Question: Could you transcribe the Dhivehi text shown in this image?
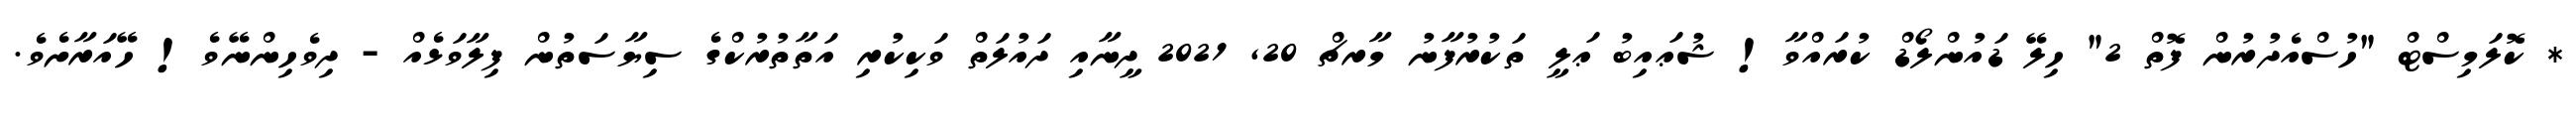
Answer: * ކޮލަމިސްޓް "ހުސްއެދުރުން ފޮތް 2" ހިލޭ ޑައުންލޯޑް ކުރައްވާ! ޝުޢައިބު ޢަލީ ތަކުރުފާނު މާރޗް 20, 2021 ދީނާއި ދައުލަތް ވަކިކުރި އަތާތުރުކްގެ ސިޔާސަތުން ފިލާވަޅެއް - ދިވެހިންނޭވެ! ހޭއަރާށެވެ.